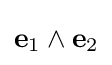
\mathbf {e} _{1}\wedge \mathbf {e} _{2}